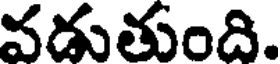
వడుతుంది.